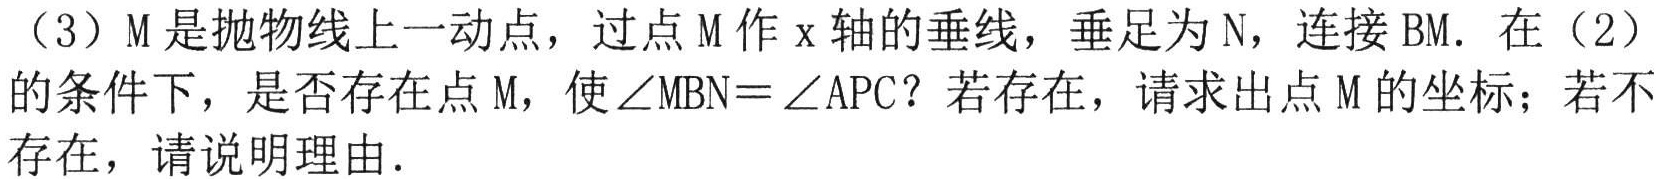
（3）M是抛物线上一动点，过点M作x轴的垂线，垂足为N，连接BM．在（2）的条件下，是否存在点M，使$\angle MBN = \angle APC$？若存在，请求出点M的坐标；若不存在，请说明理由．